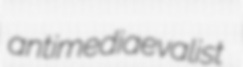
antimediaevalist